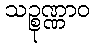
သဉ္စုဏ္ဏာဝ